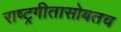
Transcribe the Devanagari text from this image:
राष्ट्रगीतासोबतच